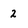
Character: 2